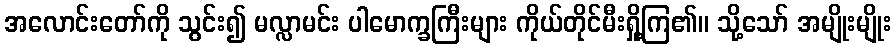
အလောင်းတော်ကို သွင်း၍ မလ္လာမင်း ပါမောက္ခကြီးများ ကိုယ်တိုင်မီးရှို့ကြ၏။ သို့သော် အမျိုးမျိုး